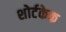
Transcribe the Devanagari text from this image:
शोर्टकेक